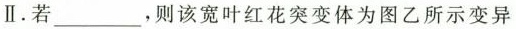
Ⅱ. 若___，则该宽叶红花突变体为图乙所示变异